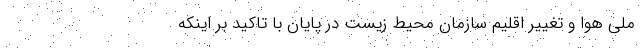
ملی هوا و تغییر اقلیم سازمان محیط زیست در پایان با تاکید بر اینکه